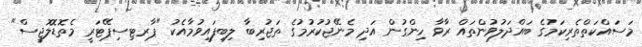
މަސައްކަތްތެރިކަމުގެ ބައްދަލުވުންތައް ރާވާ ހިންގުން އަދި މެނޭޖުކުރުމުގެ ތަޖުރިބާ ލިބިފައިވުމާއެކު "ޕާރޓިސިޕޭޓަރީ މެތޮޑޮލޮޖީސް"